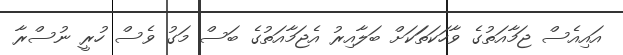
އައިއެސް ޖަމާއަތުގެ ވާހަކަތަަކަށް ބަލާއިރު އެޖަމާއަތުގެ ބަސް މަގު ވެސް ހުރީ ނުސްރާ